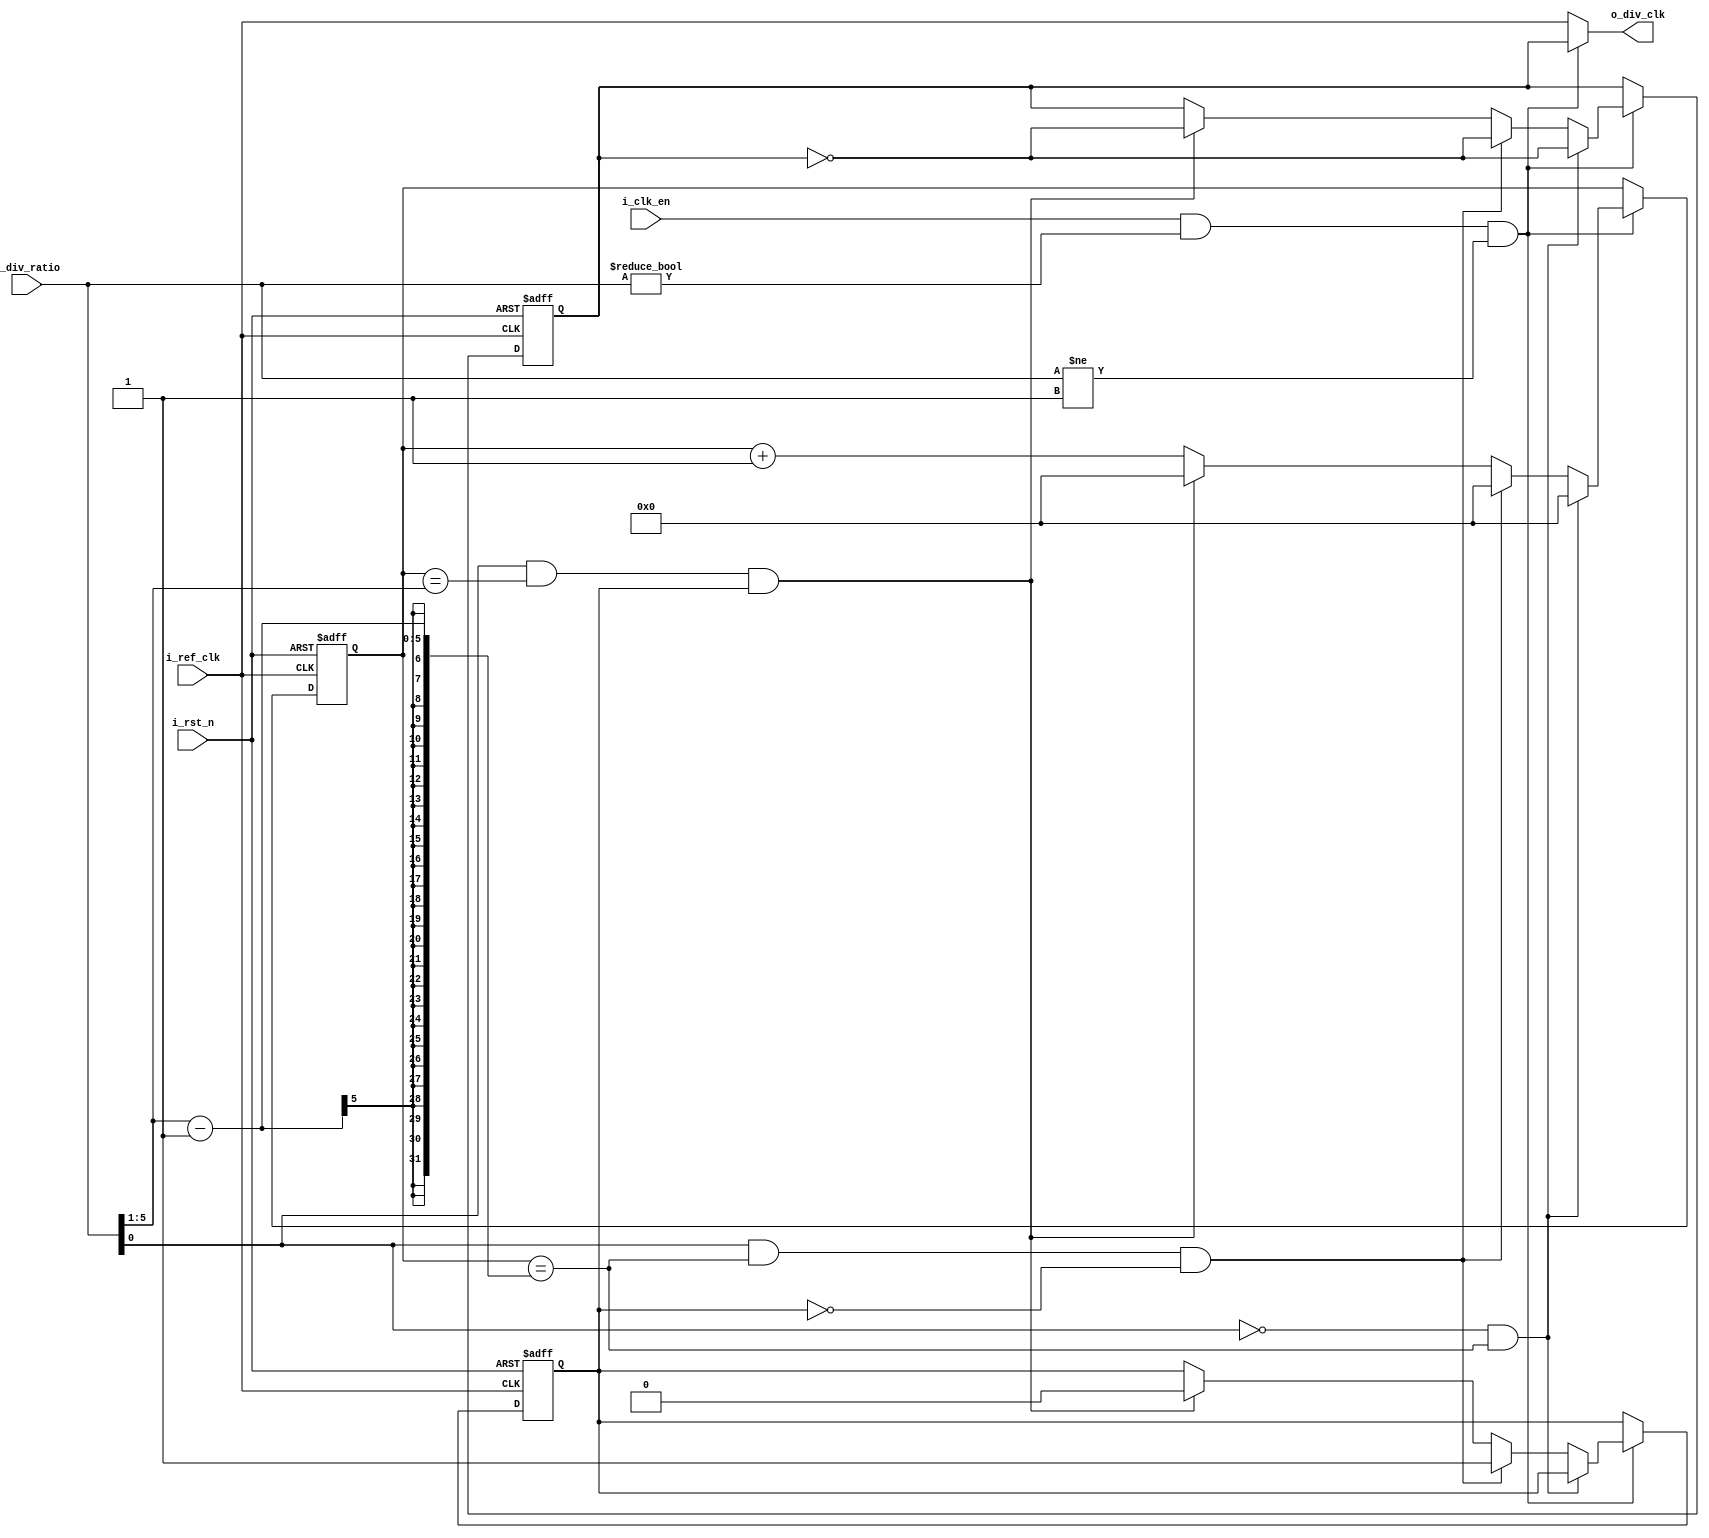
`timescale 1ns / 1ps


module ClkDiv #(parameter width=6) (
    input i_ref_clk,
    input i_rst_n,
    input i_clk_en,
    input [width -1:0] i_div_ratio,
    output o_div_clk
    );
    
    reg [width -1:0] counter; 
    reg flag ; 
    wire [width-2:0] half_ratio;
    wire odd ;
    wire clk_div_en;
    reg div_clk;
    assign clk_div_en = i_clk_en && (i_div_ratio != 0) && (i_div_ratio != 1); 
    assign odd = (i_div_ratio[0]) ;
    assign half_ratio = (i_div_ratio >> 1);
    
    always @(posedge i_ref_clk or negedge i_rst_n) begin
        if(!i_rst_n) begin
          div_clk <=0;
          counter <= 0;
          flag <= 0;  
        end
        else if(clk_div_en) begin
            if (!odd && (counter == half_ratio-1)) begin
                div_clk <= !div_clk;
                counter <= 0;
            end
            else if (odd && (counter == half_ratio-1) && !flag) begin
                div_clk <= !div_clk;
                counter <= 0; 
                flag <= 1;           
            end
            else if (odd && (counter == half_ratio) && flag) begin
                div_clk <= !div_clk;
                counter <= 0; 
                flag <= 0;        
            end
            else  counter <= counter + 1 ;
        end
    end 
    
    assign o_div_clk = clk_div_en ? div_clk : i_ref_clk;
endmodule